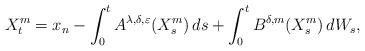
LaTeX: \begin{align*}X_{t}^{m}=x_{n}-\int_{0}^{t}A^{\lambda,\delta,\varepsilon}(X_{s}^{m})\,ds+\int_{0}^{t}B^{\delta,m}(X_{s}^{m})\,dW_{s},\end{align*}